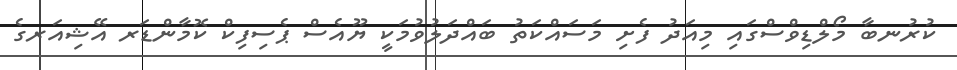
ކުރުނބާ މޯލްޑިވްސްގައި މިއަދު ފެށި މަސައްކަތު ބައްދަލުވުމަކީ ޔޫއެސް ޕެސިފިކް ކޮމާންޑަރ އޭޝިއަރގެ